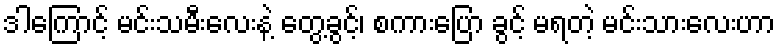
ဒါကြောင့် မင်းသမီးလေးနဲ့ တွေ့ခွင့်၊ စကားပြော ခွင့် မရတဲ့ မင်းသားလေးဟာ